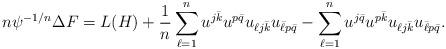
LaTeX: \begin{align*} n \psi^{-1 \slash n} \Delta F =L(H)+ \frac{1}{n}\sum_{\ell=1}^nu^{j\bar k}u^{p\bar q}u_{\ell j \bar k} u_{\bar \ell p\bar q} - \sum_{\ell=1}^nu^{j\bar q}u^{p \bar k}u_{\ell j \bar k} u_{\bar \ell p \bar q}.\end{align*}